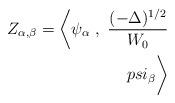
LaTeX: \begin{align*}Z_{\alpha,\beta} = \bigg< \psi_\alpha \; , \ {(-\Delta)^{1/2} \over W_0} \\psi_\beta \bigg>\end{align*}